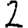
Digit: 2